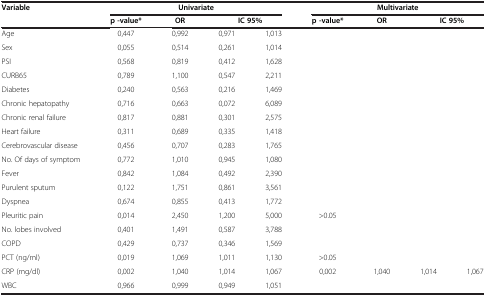
<table><thead><tr><td><b>Variable</b></td><td colspan="4"><b>Univariate</b></td><td colspan="4"><b>Multivariate</b></td></tr><tr><td><b> </b></td><td><b>p -value*</b></td><td><b>OR</b></td><td colspan="2"><b>IC 95%</b></td><td><b>p -value*</b></td><td><b>OR</b></td><td colspan="2"><b>IC 95%</b></td></tr></thead><tbody><tr><td>Age</td><td>0,447</td><td>0,992</td><td>0,971</td><td>1,013</td><td> </td><td> </td><td> </td><td> </td></tr><tr><td>Sex</td><td>0,055</td><td>0,514</td><td>0,261</td><td>1,014</td><td> </td><td> </td><td> </td><td> </td></tr><tr><td>PSI</td><td>0,568</td><td>0,819</td><td>0,412</td><td>1,628</td><td> </td><td> </td><td> </td><td> </td></tr><tr><td>CURB65</td><td>0,789</td><td>1,100</td><td>0,547</td><td>2,211</td><td> </td><td> </td><td> </td><td> </td></tr><tr><td>Diabetes</td><td>0,240</td><td>0,563</td><td>0,216</td><td>1,469</td><td> </td><td> </td><td> </td><td> </td></tr><tr><td>Chronic hepatopathy</td><td>0,716</td><td>0,663</td><td>0,072</td><td>6,089</td><td> </td><td> </td><td> </td><td> </td></tr><tr><td>Chronic renal failure</td><td>0,817</td><td>0,881</td><td>0,301</td><td>2,575</td><td> </td><td> </td><td> </td><td> </td></tr><tr><td>Heart failure</td><td>0,311</td><td>0,689</td><td>0,335</td><td>1,418</td><td> </td><td> </td><td> </td><td> </td></tr><tr><td>Cerebrovascular disease</td><td>0,456</td><td>0,707</td><td>0,283</td><td>1,765</td><td> </td><td> </td><td> </td><td> </td></tr><tr><td>No. Of days of symptom</td><td>0,772</td><td>1,010</td><td>0,945</td><td>1,080</td><td> </td><td> </td><td> </td><td> </td></tr><tr><td>Fever</td><td>0,842</td><td>1,084</td><td>0,492</td><td>2,390</td><td> </td><td> </td><td> </td><td> </td></tr><tr><td>Purulent sputum</td><td>0,122</td><td>1,751</td><td>0,861</td><td>3,561</td><td> </td><td> </td><td> </td><td> </td></tr><tr><td>Dyspnea</td><td>0,674</td><td>0,855</td><td>0,413</td><td>1,772</td><td> </td><td> </td><td> </td><td> </td></tr><tr><td>Pleuritic pain</td><td>0,014</td><td>2,450</td><td>1,200</td><td>5,000</td><td>&gt;0.05</td><td> </td><td> </td><td> </td></tr><tr><td>No. lobes involved</td><td>0,401</td><td>1,491</td><td>0,587</td><td>3,788</td><td> </td><td> </td><td> </td><td> </td></tr><tr><td>COPD</td><td>0,429</td><td>0,737</td><td>0,346</td><td>1,569</td><td> </td><td> </td><td> </td><td> </td></tr><tr><td>PCT (ng/ml)</td><td>0,019</td><td>1,069</td><td>1,011</td><td>1,130</td><td>&gt;0.05</td><td> </td><td> </td><td> </td></tr><tr><td>CRP (mg/dl)</td><td>0,002</td><td>1,040</td><td>1,014</td><td>1,067</td><td>0,002</td><td>1,040</td><td>1,014</td><td>1,067</td></tr><tr><td>WBC</td><td>0,966</td><td>0,999</td><td>0,949</td><td>1,051</td><td> </td><td> </td><td> </td><td> </td></tr></tbody></table>